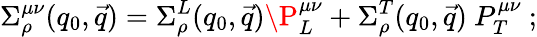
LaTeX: \Sigma_{\rho}^{\mu\nu}(q_{0},\vec{q})=\Sigma_{\rho}^{L}(q_{0},\vec{q})\P_{L}^{\mu\nu}+\Sigma_{\rho}^{T}(q_{0},\vec{q})\ P_{T}^{\mu\nu}\ ;